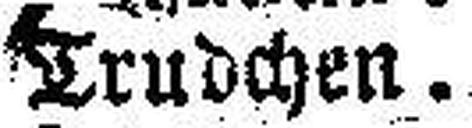
Trudchen